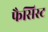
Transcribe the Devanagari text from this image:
फैसिस्ट